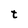
Character: t